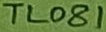
Text: TL081